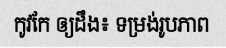
កូវកែ ឲ្យដឹង៖ ទម្រង់រូបភាព